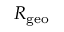
R _ { \mathrm { g e o } }